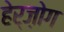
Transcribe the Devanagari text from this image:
हेर्ज़ोग